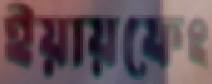
ইয়ায়ফেং